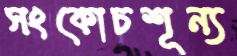
সংকোচশূন্য